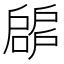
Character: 𢩝